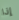
إذا